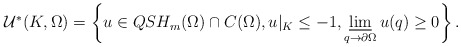
\begin{align*}\begin{aligned}\mathcal{U}^*(K,\Omega)=\left\{u\in QSH_m(\Omega)\cap C(\Omega), u\vert_{K}\leq -1 , \varliminf_{q\to \partial\Omega} u(q)\geq 0 \right \}.\end{aligned}\end{align*}